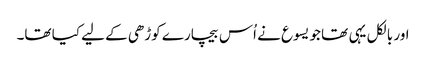
اور بالکل یہی تھا جو یسوع نے اُس بیچارے کوڑھی کے لیے کیا تھا۔